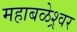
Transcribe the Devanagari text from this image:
महाबळेश्र्वर